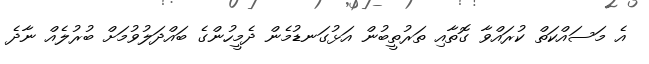
އެ މަސައްކަތް ކުރައްވާ ގޮތާއި ތަރުތީބުން އަޅުގަނޑުމެން ދެމީހުންގެ ބައްދަލުވުމަށް ބުރުލެއް ނާދެ